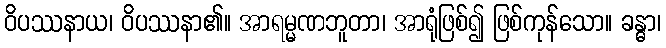
ဝိပဿနာယ၊ ဝိပဿနာ၏။ အာရမ္မဏဘူတာ၊ အာရုံဖြစ်၍ ဖြစ်ကုန်သော။ ခန္ဓာ၊